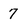
Character: 7